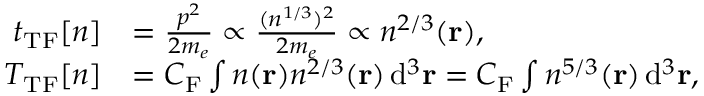
{ \begin{array} { r l } { t _ { \mathrm { T F } } [ n ] } & { = { \frac { p ^ { 2 } } { 2 m _ { e } } } \propto { \frac { ( n ^ { 1 / 3 } ) ^ { 2 } } { 2 m _ { e } } } \propto n ^ { 2 / 3 } ( \mathbf { r } ) , } \\ { T _ { \mathrm { T F } } [ n ] } & { = C _ { \mathrm { F } } \int n ( \mathbf { r } ) n ^ { 2 / 3 } ( \mathbf { r } ) \, \mathrm { d } ^ { 3 } \mathbf { r } = C _ { \mathrm { F } } \int n ^ { 5 / 3 } ( \mathbf { r } ) \, \mathrm { d } ^ { 3 } \mathbf { r } , } \end{array} }